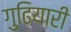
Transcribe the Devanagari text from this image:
गुढियारी